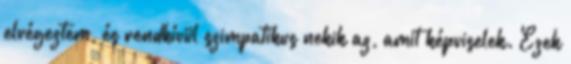
elvégeztem, és rendkívül szimpatikus nekik az, amit képviselek. Ezek